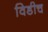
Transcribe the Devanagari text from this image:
विडीच